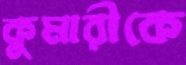
কুমারীকে